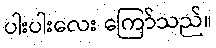
ပါးပါးလေး ကြော်သည်။